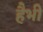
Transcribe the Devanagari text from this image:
हैभी